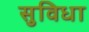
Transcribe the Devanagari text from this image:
सुविधा